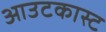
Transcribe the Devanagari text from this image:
आउटकास्ट